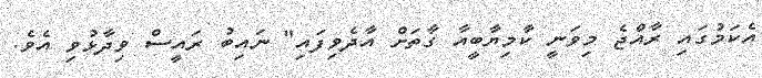
އެކަމުގައި ރާއްޖެ މިވަނީ ކާމިޔާބީއާ ގާތަށް އާދެވިފައި" ނައިބު ރައީސް ވިދާޅުވި އެވެ.